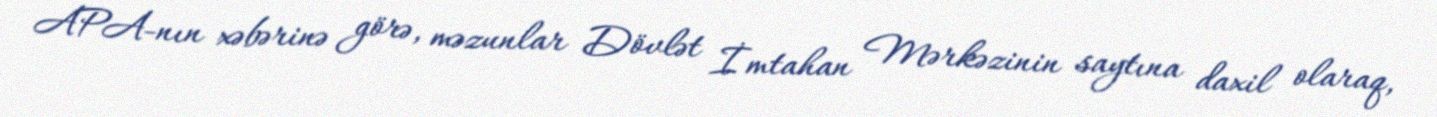
APA-nın xəbərinə görə, məzunlar Dövlət İmtahan Mərkəzinin saytına daxil olaraq,